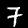
Digit: 7